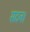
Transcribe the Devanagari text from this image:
सदन।